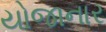
યોજાનાર